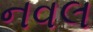
નવલ